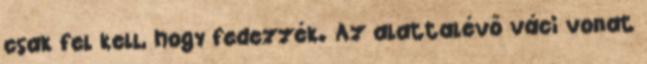
csak fel kell, hogy fedezzék. Az alattalévő váci vonat